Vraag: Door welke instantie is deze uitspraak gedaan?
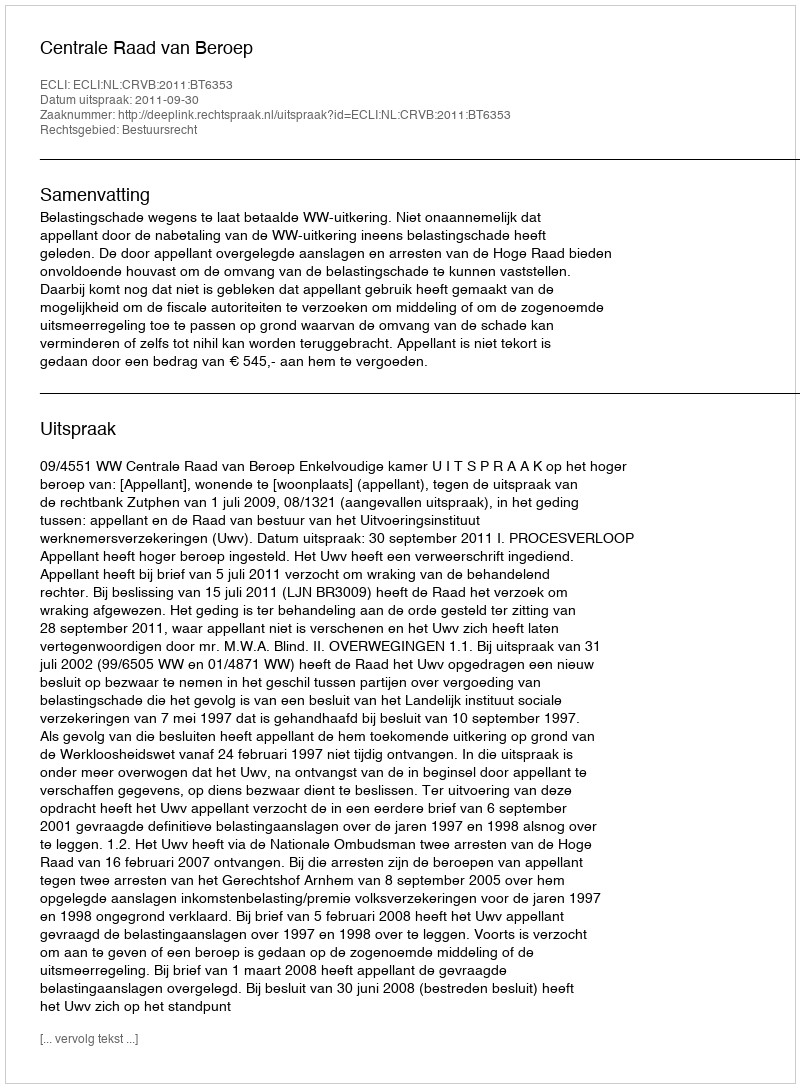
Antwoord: Centrale Raad van Beroep